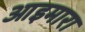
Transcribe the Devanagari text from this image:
आइमारा